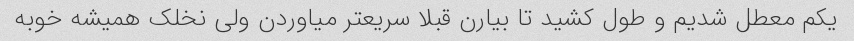
یکم معطل شدیم و طول کشید تا بیارن قبلا سریعتر میاوردن ولی نخلک همیشه خوبه